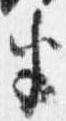
半